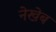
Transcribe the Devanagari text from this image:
नेखेब